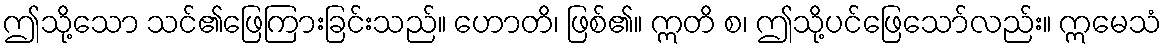
ဤသို့သော သင်၏ဖြေကြားခြင်းသည်။ ဟောတိ၊ ဖြစ်၏။ ဣတိ စ၊ ဤသို့ပင်ဖြေသော်လည်း။ ဣမေသံ